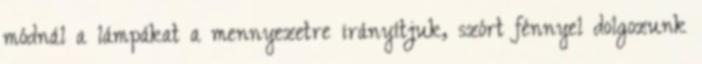
módnál a lámpákat a mennyezetre irányítjuk, szórt fénnyel dolgozunk